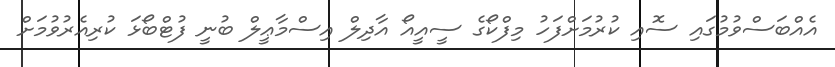
އެއްބަސްވުމުގައި ސޮއި ކުރުމަށްފަހު މިފްކޯގެ ސީއީއޯ އާދިލް އިސްމާޢީލް ބުނީ ފުޓްބޯޅަ ކުރިއެރުވުމަށް